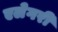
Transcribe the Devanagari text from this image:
एलेगरी